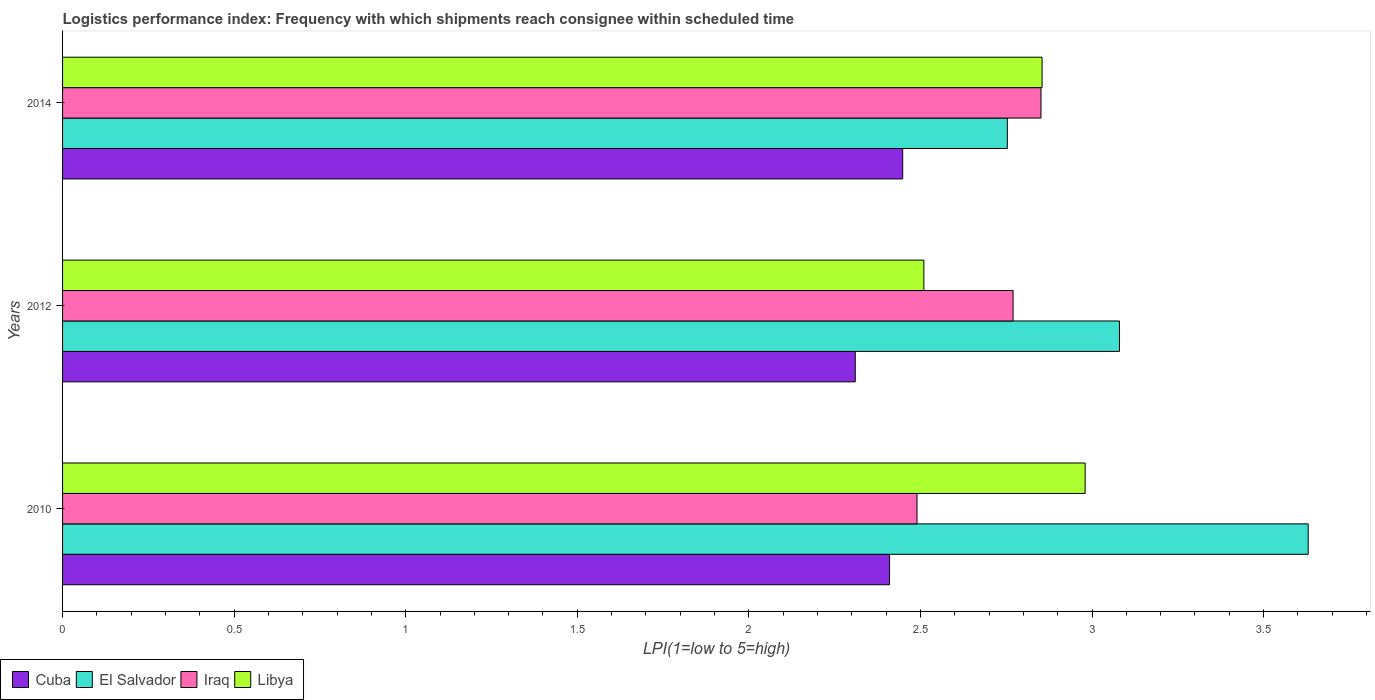
| Years | Cuba | El Salvador | Iraq | Libya |
 | --- | --- | --- | --- | --- |
 | 2010 | 2.41 | 3.63 | 2.49 | 2.98 |
 | 2012 | 2.31 | 3.08 | 2.77 | 2.51 |
 | 2014 | 2.45 | 2.75 | 2.85 | 2.85 |